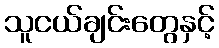
သူငယ်ချင်းတွေနှင့်